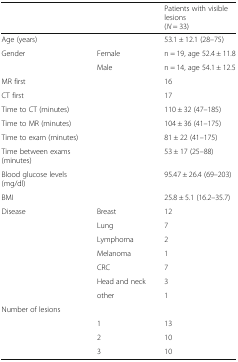
<table><thead><tr><td></td><td></td><td><b>Patients with visible lesions(<i>N</i> = 33)</b></td></tr></thead><tbody><tr><td>Age (years)</td><td></td><td>53.1 ± 12.1 (28–75)</td></tr><tr><td rowspan="2">Gender</td><td>Female</td><td>n = 19, age 52.4 ± 11.8</td></tr><tr><td>Male</td><td>n = 14, age 54.1 ± 12.5</td></tr><tr><td>MR first</td><td></td><td>16</td></tr><tr><td>CT first</td><td></td><td>17</td></tr><tr><td>Time to CT (minutes)</td><td></td><td>110 ± 32 (47–185)</td></tr><tr><td>Time to MR (minutes)</td><td></td><td>104 ± 36 (41–175)</td></tr><tr><td>Time to exam (minutes)</td><td></td><td>81 ± 22 (41–175)</td></tr><tr><td>Time between exams (minutes)</td><td></td><td>53 ± 17 (25–88)</td></tr><tr><td>Blood glucose levels (mg/dl)</td><td></td><td>95.47 ± 26.4 (69–203)</td></tr><tr><td>BMI</td><td></td><td>25.8 ± 5.1 (16.2–35.7)</td></tr><tr><td rowspan="7">Disease</td><td>Breast</td><td>12</td></tr><tr><td>Lung</td><td>7</td></tr><tr><td>Lymphoma</td><td>2</td></tr><tr><td>Melanoma</td><td>1</td></tr><tr><td>CRC</td><td>7</td></tr><tr><td>Head and neck</td><td>3</td></tr><tr><td>other</td><td>1</td></tr><tr><td rowspan="4">Number of lesions</td><td></td><td></td></tr><tr><td>1</td><td>13</td></tr><tr><td>2</td><td>10</td></tr><tr><td>3</td><td>10</td></tr></tbody></table>